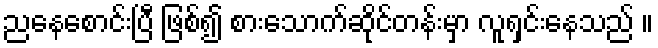
ညနေစောင်းပြီ ဖြစ်၍ စားသောက်ဆိုင်တန်းမှာ လူရှင်းနေသည် ။